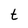
Character: t